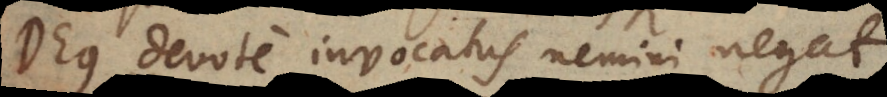
Deus devote invocatus nemini negat.